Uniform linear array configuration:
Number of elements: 48
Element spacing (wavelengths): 1
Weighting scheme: uniform
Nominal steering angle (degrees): -45
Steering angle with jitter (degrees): -45.005
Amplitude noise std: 0.05
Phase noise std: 0.05

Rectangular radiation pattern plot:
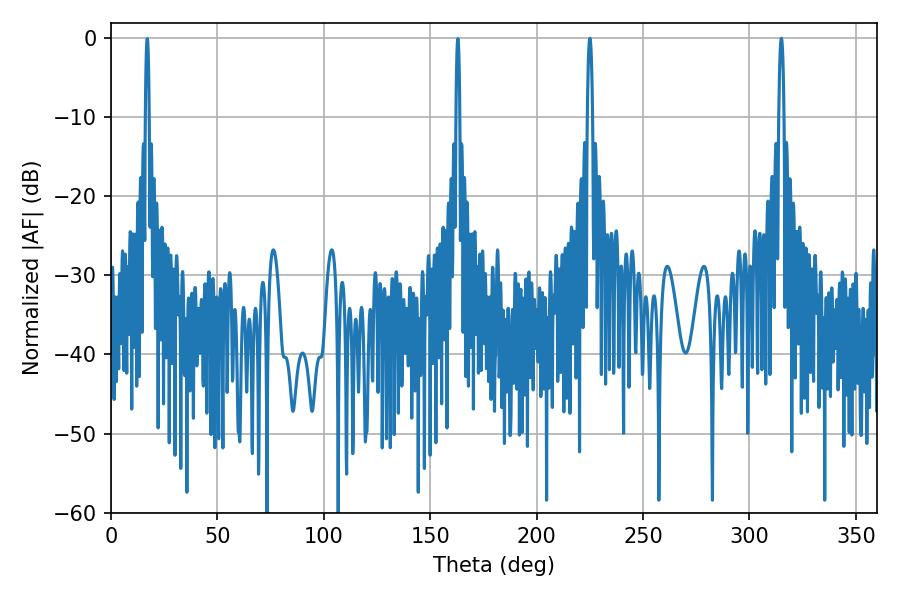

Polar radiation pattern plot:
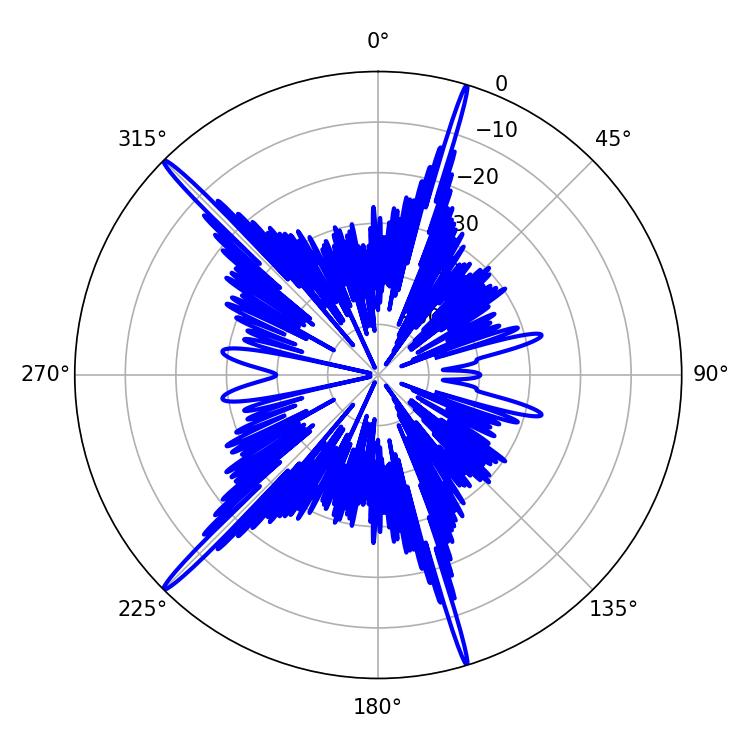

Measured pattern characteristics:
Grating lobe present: TRUE
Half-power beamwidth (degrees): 1.44
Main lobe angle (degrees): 225